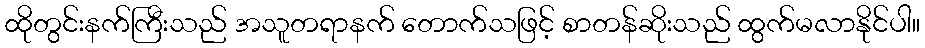
ထိုတွင်းနက်ကြီးသည် အသူတရာနက် တောက်သဖြင့် စာတန်ဆိုးသည် ထွက်မလာနိုင်ပါ။